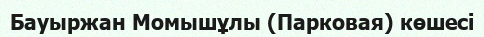
Бауыржан Момышұлы (Парковая) көшесі